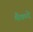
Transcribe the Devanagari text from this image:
मैकदे